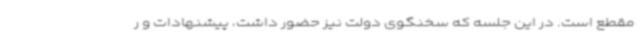
مقطع است. در این جلسه که سخنگوی دولت نیز حضور داشت، پیشنهادات و ر